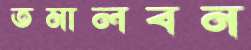
তমালবন